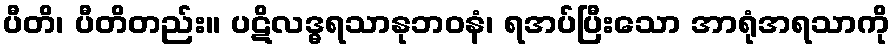
ပီတိ၊ ပီတိတည်း။ ပဋိလဒ္ဓရသာနုဘဝနံ၊ ရအပ်ပြီးသော အာရုံအရသာကို